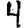
Digit: 4